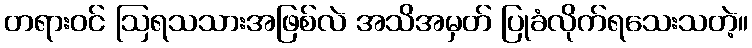
တရားဝင် ဩရသသားအဖြစ်လဲ အသိအမှတ် ပြုခံလိုက်ရသေးသတဲ့။